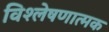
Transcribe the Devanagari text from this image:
विश्‍लेषणात्मक